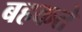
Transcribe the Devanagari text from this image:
बहकते